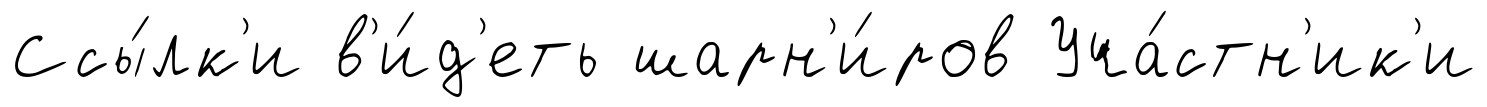
Ссы́лк'и в'и́д'еть шарн'и́ров Уча́стн'ик'и